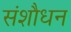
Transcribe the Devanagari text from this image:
संशौधन